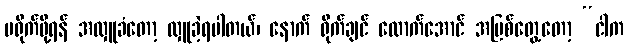
မရိုက်ဖို့ရန် အလှူခံတော့ လှူခဲ့ရပါတယ်၊ နောက် ရိုက်ချင် လောက်အောင် အပြစ်တွေ့တော့ “ငါက